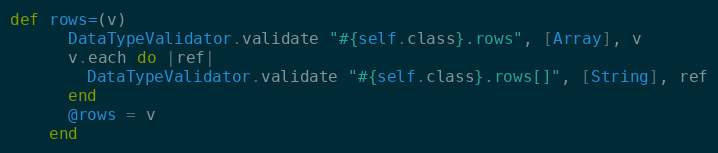
Language: Ruby
def rows=(v)
      DataTypeValidator.validate "#{self.class}.rows", [Array], v
      v.each do |ref|
        DataTypeValidator.validate "#{self.class}.rows[]", [String], ref
      end
      @rows = v
    end